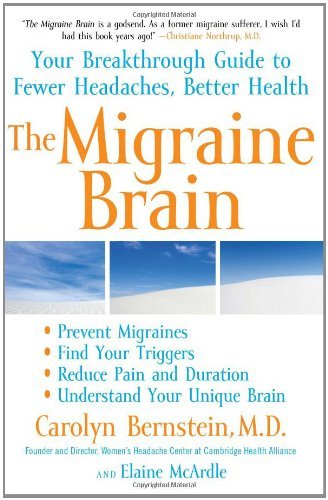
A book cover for The Migraine Brain Your Breakthrough Guide to Fewer Headaches, Better Health by Bernstein, Carolyn, McArdle, Elaine [Atria Books,2009] (Paperback) Reprint Edition; Health, Fitness & Dieting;